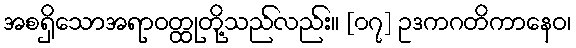
အစရှိသောအရာဝတ္ထုတို့သည်လည်း။ [၀၇] ဥဒကဂတိကာနေဝ၊